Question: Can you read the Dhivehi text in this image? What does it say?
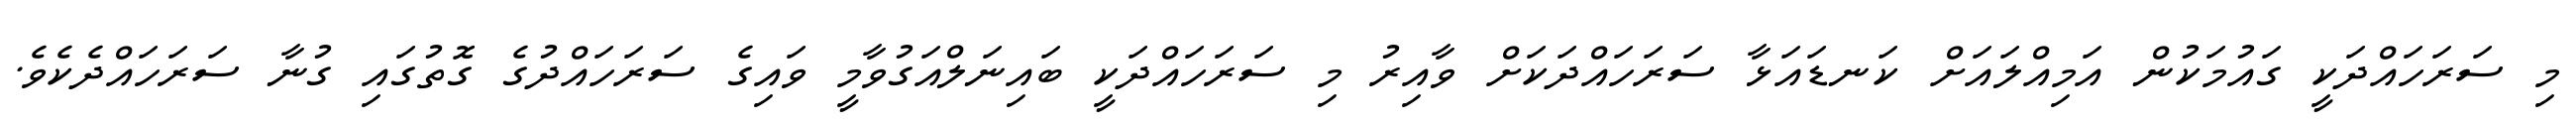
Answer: މި ސަރަހައްދަކީ ގައުމަކުން އަމިއްލައަށް ކަނޑައަޅާ ސަރަހައްދަކަށް ވާއިރު މި ސަރަހައްދަކީ ބައިނަލްއަގުވާމީ ވައިގެ ސަރަހައްދުގެ ގޮތުގައި ގުނާ ސަރަހައްދެކެވެ.